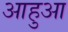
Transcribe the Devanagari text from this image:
आहुआ